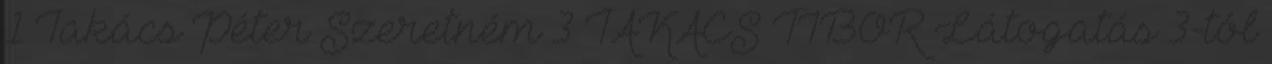
1 Takács Péter Szeretném 3 TAKÁCS TIBOR Látogatás 3-tól